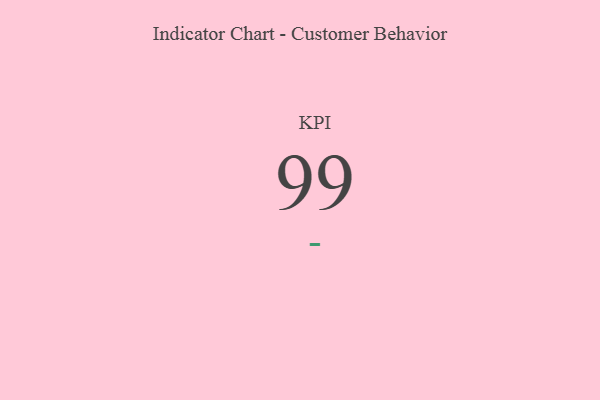
{"axis": {"x": "KPI", "y": "Value"}, "legend": [""], "data": [{"x": "KPI", "y": 99, "type": ""}]}